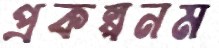
প্রকল্পনম